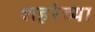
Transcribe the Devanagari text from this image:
शहरेच्या